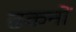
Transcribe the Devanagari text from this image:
ढकनों